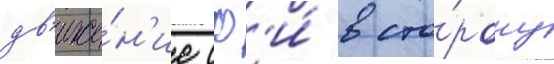
дв'иже́н'ие сф'и́ в сто́рону